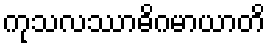
ကုသလဿာဓိဂမာယာတိ